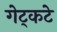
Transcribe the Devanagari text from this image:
गेट्कटे